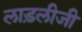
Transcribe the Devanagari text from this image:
लाड़लीजी